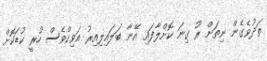
ތަދުވެގެން ނިތަށް ރޫ ގިނަ ކޮށްލާފައި އޭނާ ބަލައިލިއިރު އަވިކްވެސް ހުރީ ކުޑަކޮށް